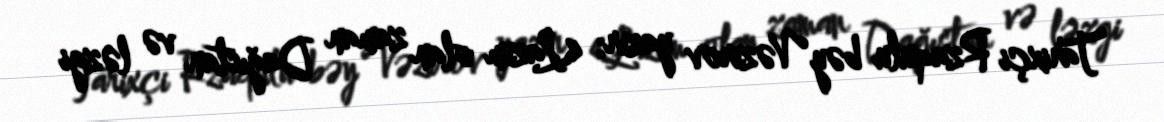
Tarixçi Rzaqulu bəy Vəzirov yazır: «Lazım olan zaman Dağıstan və ləzgi